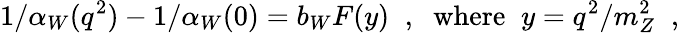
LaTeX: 1/\alpha_{W}(q^{2})-1/\alpha_{W}(0)=b_{W}F(y)\; \; ,\; \; \mathrm{where}\; \; y=q^{2}/m_{Z}^{2}\; \; ,